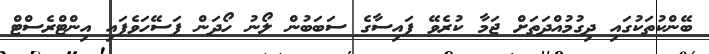
ބޭންކުތަކުގައި ދިގުމުއްދަތަށް ޖަމާ ކުރެވޭ ފައިސާގެ ސަބަބުން ލޯނު ހޯދަން ފަސޭހަވެފައި އިންޓްރެސްޓް